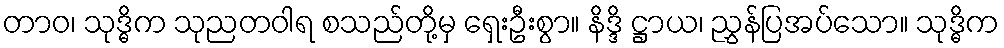
တာဝ၊ သုဒ္ဓိက သုညတဝါရ စသည်တို့မှ ရှေးဦးစွာ။ နိဒ္ဒိ ဋ္ဌာယ၊ ညွှန်ပြအပ်သော။ သုဒ္ဓိက